Annual administration report of the Civil Veterinary Department of India - 1896-1897
Year: 1896
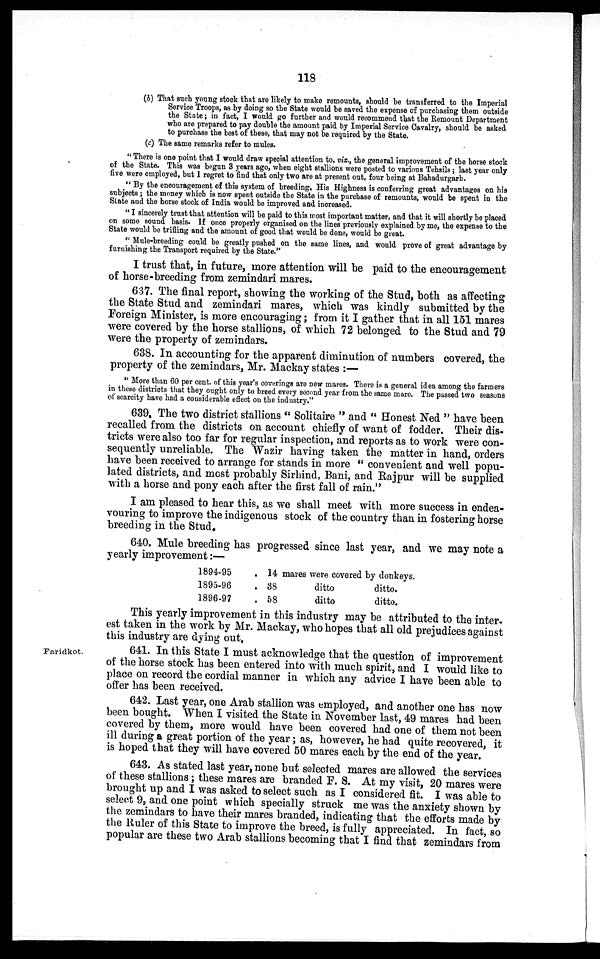
118
(b) That such young stock that are likely to make remounts, should be transferred to the Imperial
Service Troops, as by doing so the State would be saved the expense of purchasing them outside
the State; in fact, I would go further and would recommend that the Remount Department
who are prepared to pay double the amount paid by Imperial Service Cavalry, should be asked
to purchase the best of these, that may not be required by the State.
(c) The same remarks refer to mules.
"There is one point that I would draw special attention to, viz., the general improvement of the horse stock
of the State. This was begun 3 years ago, when eight stallions were posted to various Tehsils; last year only
five were employed, but I regret to find that only two are at present out, four being at Bahadurgarb.
"By the encouragement of this system of breeding, His Highness is conferring great advantages on his
subjects; the money which is now spent outside the State in the purchase of remounts, would be spent in the
State and the horse stock of India would be improved and increased.
"I sincerely trust that attention will be paid to this most important matter, and that it will shortly be placed
on some sound basis. If once properly organised on the lines previously explained by me, the expense to the
State would be trifling and the amount of good that would be done, would be great.
"Mule-breeding could be greatly pushed on the same lines, and would prove of great advantage by
furnishing the Transport required by the State."
I trust that, in future, more attention will be paid to the encouragement
of horse-breeding from zemindari mares.
637. The final report, showing the working of the Stud, both as affecting
the State Stud and zemindari mares, which was kindly submitted by the
Foreign Minister, is more encouraging; from it I gather that in all 151 mares
were covered by the horse stallions, of which 72 belonged to the Stud and 79
were the property of zemindars.
638. In accounting for the apparent diminution of numbers covered, the
property of the zemindars, Mr. Mackay states :—
"More than 60 per cent. of this year's coverings are new mares. There is a general idea among the farmers
in these districts that they ought only to breed every second year from the same mare. The passed two seasons
of scarcity have had a considerable effect on the industry."
639. The two district stallions "Solitaire" and "Honest Ned" have been
recalled from the districts on account chiefly of want of fodder. Their dis-
tricts were also too far for regular inspection, and reports as to work were con-
sequently unreliable. The Wazir having taken the matter in hand, orders
have been received to arrange for stands in more "convenient and well popu-
lated districts, and most probably Sirhind, Bani, and Rajpur will be supplied
with a horse and pony each after the first fall of rain."
I am pleased to hear this, as we shall meet with more success in endea-
vouring to improve the indigenous stock of the country than in fostering horse
breeding in the Stud.
640. Mule breeding has progressed since last year, and we may note a
yearly improvement:—
1894-95
1895-96
1896-97
.
.
.
14 mares were covered by donkeys.
38
58
ditto
ditto
ditto.
ditto.
This yearly improvement in this industry may be attributed to the inter-
est taken in the work by Mr. Mackay, who hopes that all old prejudices against
this industry are dying out.
Faridkot.
641. In this State I must acknowledge that the question of improvement
of the horse stock has been entered into with much spirit, and I would like to
place on record the cordial manner in which any advice I have been able to
offer has been received.
642. Last year, one Arab stallion was employed, and another one has now
been bought. When I visited the State in November last, 49 mares had been
covered by them, more would have been covered had one of them not been
ill during a great portion of the year; as, however, he had quite recovered, it
is hoped that they will have covered 50 mares each by the end of the year.
643. As stated last year, none but selected mares are allowed the services
of these stallions; these mares are branded F. S. At my visit, 20 mares were
brought up and I was asked to select such as I considered fit. I was able to
select 9, and one point which specially struck me was the anxiety shown by
the zemindars to have their mares branded, indicating that the efforts made by
the Ruler of this State to improve the breed, is fully appreciated. In fact, so
popular are these two Arab stallions becoming that I find that zemindars from